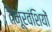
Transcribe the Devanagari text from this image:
तैमूरवंशियों